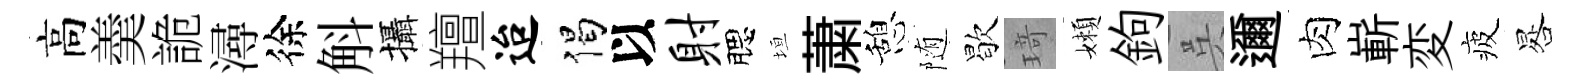
高羮詭潯徐斛攝羶迨偈以射腮垣䔥憩随歇𤦺嬾鉤呉邇肉嶄変疲晷